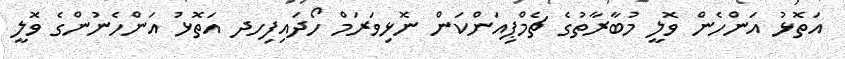
އަތޮޅު އަންހެން ވޮލީ މުބާރާތުގެ ޗެމްޕިއަންކަން ނޮޅިވަރަމް ހޯދައިފިހދ އަތޮޅު އަންހެނުންގެ ވޮލީ